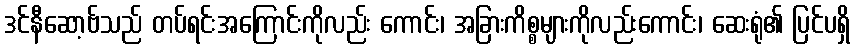
ဒင်နီဆော့ဗ်သည် တပ်ရင်းအကြောင်းကိုလည်း ကောင်း၊ အခြားကိစ္စများကိုလည်းကောင်း၊ ဆေးရုံ၏ ပြင်ပရှိ